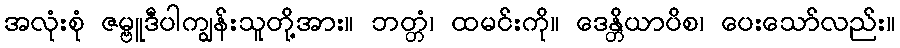
အလုံးစုံ ဇမ္ဗူဒီပါကျွန်းသူတို့အား။ ဘတ္တံ၊ ထမင်းကို။ ဒေန္တိယာပိစ၊ ပေးသော်လည်း။